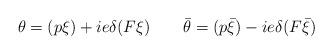
LaTeX: \begin{align*}\theta =(p\xi)+ie\delta(F\xi) \qquad\bar{\theta} =(p\bar{\xi})-ie\delta(F\bar{\xi})\end{align*}